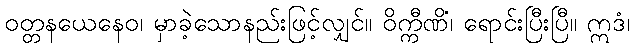
ဝတ္တနယေနေဝ၊ မှာခဲ့သောနည်းဖြင့်လျှင်။ ဝိက္ကီဏိံ၊ ရောင်းပြီးပြီ။ ဣဒံ၊